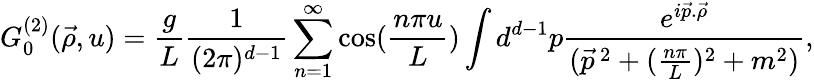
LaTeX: G_{0}^{(2)}(\vec{\rho},u)=\frac{g}{L}\frac{1}{(2\pi)^{d-1}}\sum_{n=1}^{\infty}\cos(\frac{n\pi u}{L})\int d^{d-1}p\frac{e^{i\vec{p}.\vec{\rho}}}{(\vec{p}^{\, 2}+(\frac{n\pi}{L})^{2}+m^{2})},